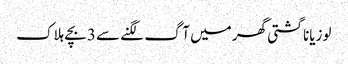
لوزیانا گشتی گھر میں آگ لگنے سے 3بچے ہلاک